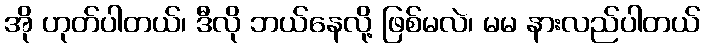
အို ဟုတ်ပါတယ်၊ ဒီလို ဘယ်နေလို့ ဖြစ်မလဲ၊ မမ နားလည်ပါတယ်